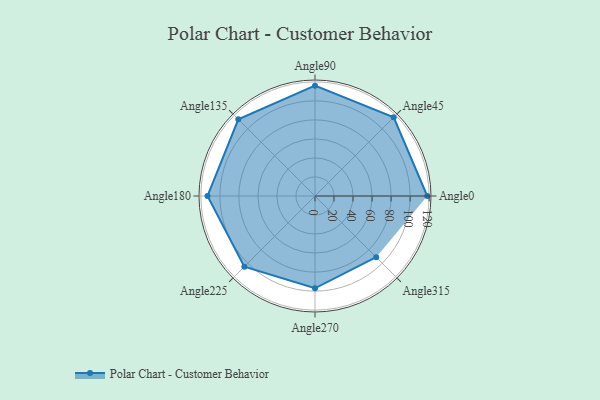
{"axis": {"x": "Angle", "y": "Radius"}, "legend": [""], "data": [{"x": "Angle0", "y": 118.0, "type": ""}, {"x": "Angle45", "y": 117.0, "type": ""}, {"x": "Angle90", "y": 116.0, "type": ""}, {"x": "Angle135", "y": 114.0, "type": ""}, {"x": "Angle180", "y": 113.0, "type": ""}, {"x": "Angle225", "y": 105.0, "type": ""}, {"x": "Angle270", "y": 97.0, "type": ""}, {"x": "Angle315", "y": 91.0, "type": ""}]}